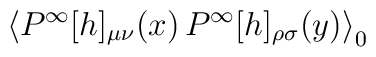
\left< P^\infty[h]_{\mu \nu}(x) \, P^\infty[h]_{\rho \sigma}(y)  \right>_0